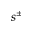
s ^ { \pm }